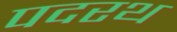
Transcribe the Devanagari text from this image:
पदरथ